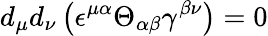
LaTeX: d_{\mu}d_{\nu}\left(\epsilon^{\mu\alpha}\Theta_{\alpha\beta}\gamma^{\beta\nu}\right)=0